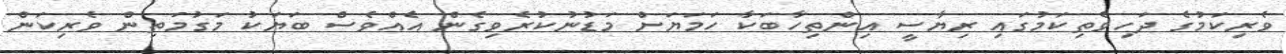
ވެރިކަމުގެ ދަހިވެތިކަމުގައި ރިޔާސީ އިންތިހާބަކާ ހަމަޔަށް މަޑުނުކުރެވިގެން އެއްވެސް ބަޔަކު މަގުމަތިން ވެރިކަން